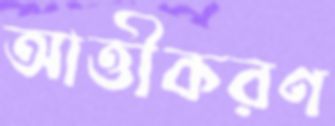
আত্তীকরণ